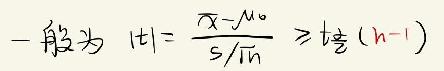
一般为 \(|t|=\frac{\overline{x}-\mu_0}{s/\sqrt{n}}\geqslant t_{\frac{\alpha}{2}}(n - 1)\)